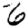
Digit: 6